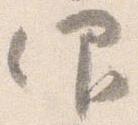
仰